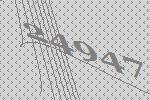
24947